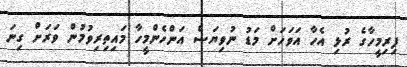
ފިރިމީހާގެ ރުޅި އެހާ އަވަހަށް މަޑު ނުވިޔަސް އަންހެންމީހާ މައިތިރިވުމުން ވަރަށް ގިނަ